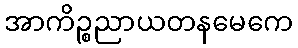
အာကိဉ္စညာယတနမေကေ